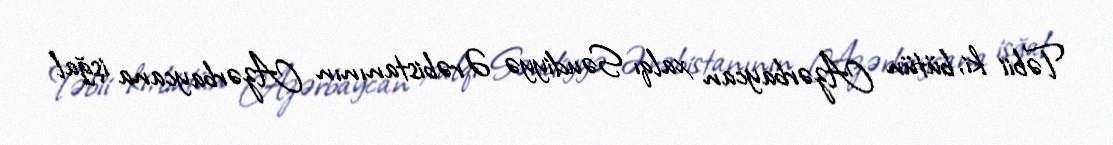
Təbii ki, bütün Azərbaycan xalqı Səudiyyə Ərəbistanının Azərbaycana işğal